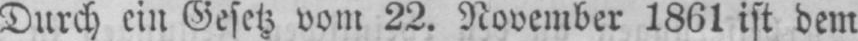
Durch ein Gesetz vom 22. November 1861 ist dem